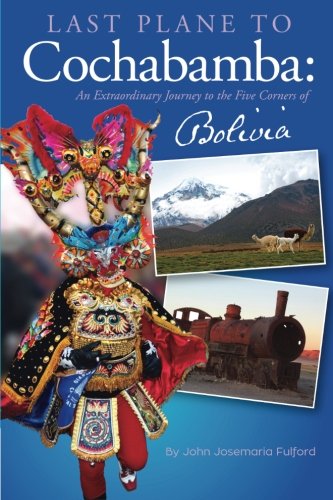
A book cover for Last Plane to Cochabamba: An Extraordinary Journey to the Five Corners of Bolivia; John J Fulford; Travel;